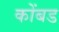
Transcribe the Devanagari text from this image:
कोंबड